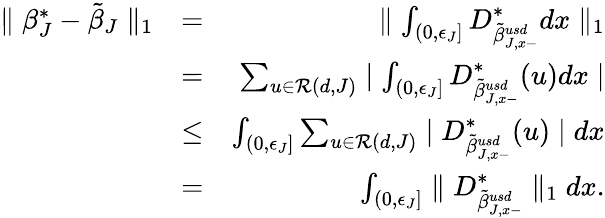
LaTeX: \begin{array}{rlr}{\parallel\beta_{J}^{*}-\tilde{\beta}_{J}\parallel_{1}}&{=}&{\parallel\int_{(0,\epsilon_{J}]}D_{\tilde{\beta}_{J,x-}^{usd}}^{*}dx\parallel_{1}}\\ &{=}&{\sum_{u\in{\cal R}(d,J)}\mid\int_{(0,\epsilon_{J}]}D_{\tilde{\beta}_{J,x-}^{usd}}^{*}(u)dx\mid}\\ &{\leq}&{\int_{(0,\epsilon_{J}]}\sum_{u\in{\cal R}(d,J)}\mid D_{\tilde{\beta}_{J,x-}^{usd}}^{*}(u)\mid dx}\\ &{=}&{\int_{(0,\epsilon_{J}]}\parallel D_{\tilde{\beta}_{J,x-}^{usd}}^{*}\parallel_{1}dx.}\end{array}